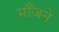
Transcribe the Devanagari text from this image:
माँजने